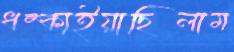
ধম্‌কাইয়াছিলাম